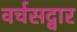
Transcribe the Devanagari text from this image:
वर्चसद्वार